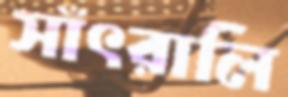
সাঁৎরালি